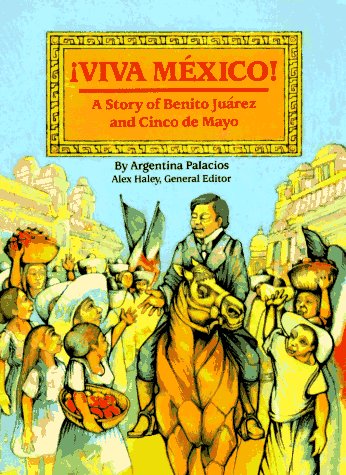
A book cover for Steck-Vaughn Stories of America: Student Reader Viva Mexico , Story Book; STECK-VAUGHN; Children's Books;